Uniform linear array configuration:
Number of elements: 24
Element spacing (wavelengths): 1
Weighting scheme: binomial
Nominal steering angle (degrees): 45
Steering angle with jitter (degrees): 44.388
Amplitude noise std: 0.05
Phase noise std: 0.05

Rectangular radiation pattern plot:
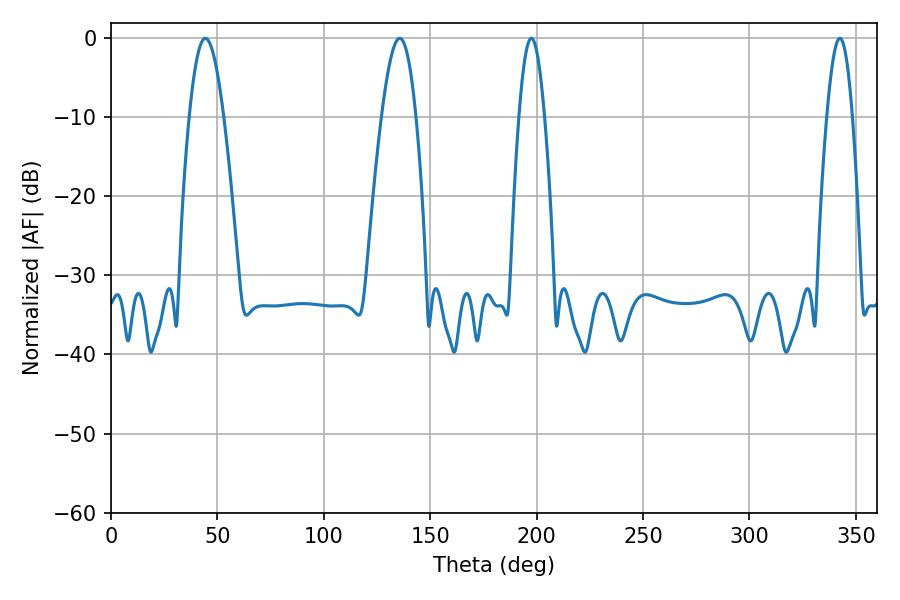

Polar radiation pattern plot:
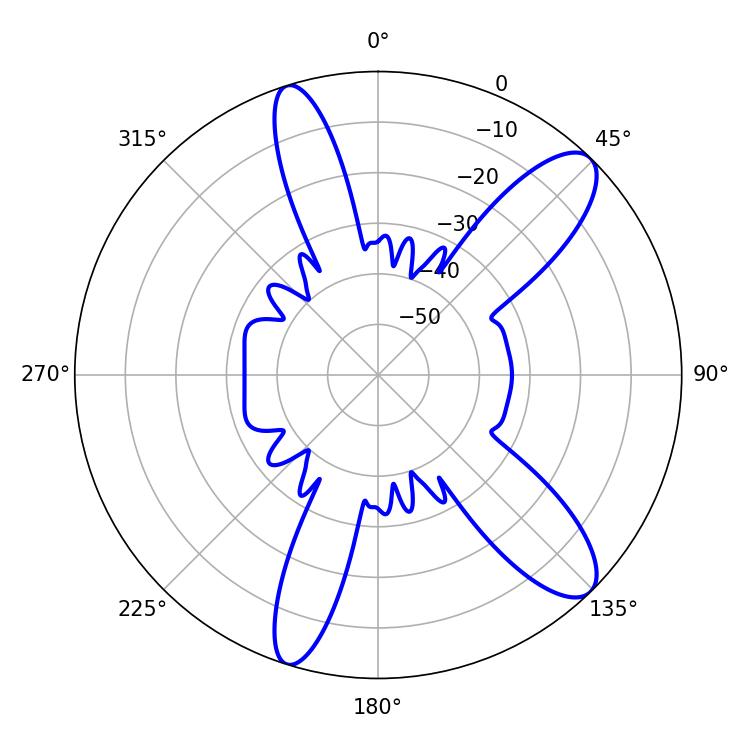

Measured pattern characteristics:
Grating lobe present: TRUE
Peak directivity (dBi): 11.03
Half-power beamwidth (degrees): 8.64
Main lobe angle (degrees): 44.28